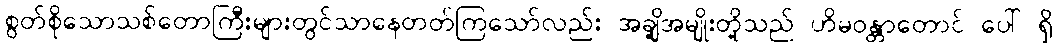
စွတ်စိုသောသစ်တောကြီးများတွင်သာနေတတ်ကြသော်လည်း အချို့အမျိုးတို့သည် ဟိမဝန္တာတောင် ပေါ် ရှိ